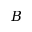
\boldsymbol { B }